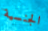
الجنسية